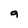
Character: g